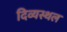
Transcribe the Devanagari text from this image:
दिव्यस्थल